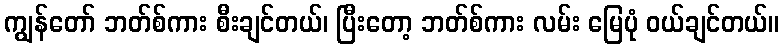
ကျွန်တော် ဘတ်စ်ကား စီးချင်တယ်၊ ပြီးတော့ ဘတ်စ်ကား လမ်း မြေပုံ ဝယ်ချင်တယ်။